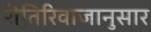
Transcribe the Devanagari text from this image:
रीतिरिवाजानुसार